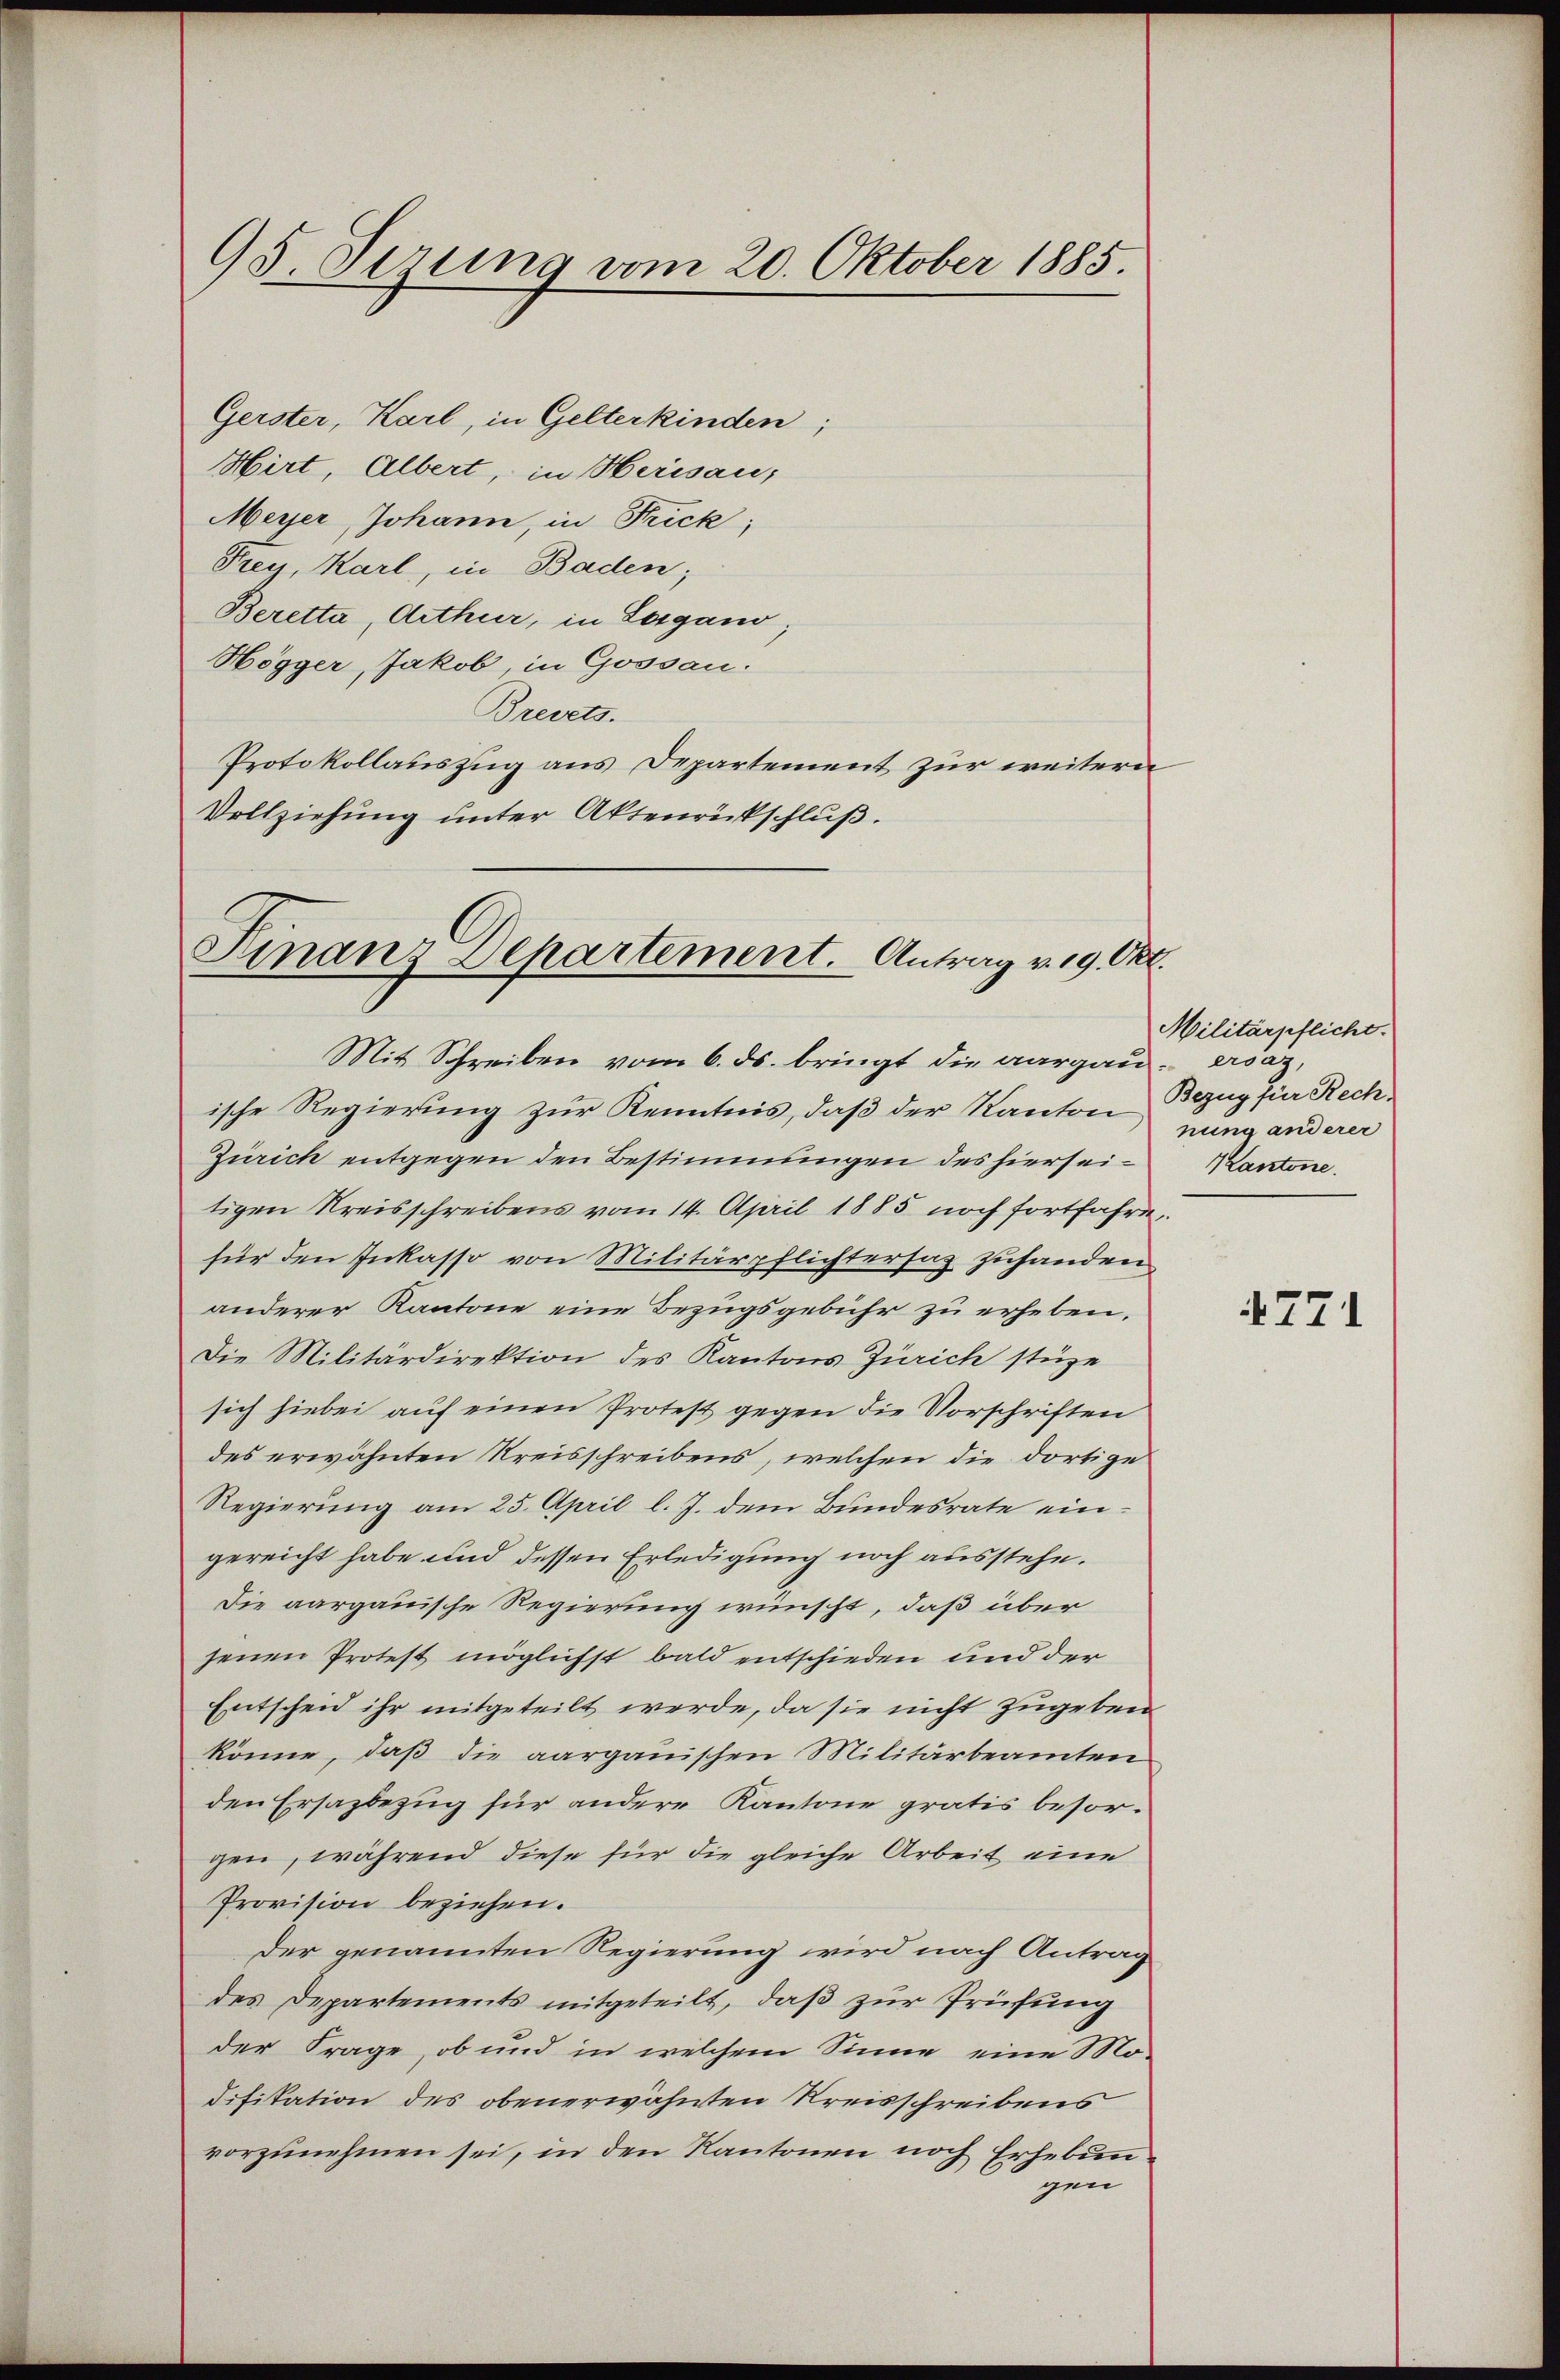
95 Sirung vom 20. Oktober 1885.

Gerster, Karl, in Gelterkinden;
Hirt, Albert, in Herisau,
Meyer, Johann, in Frick;
Frey, Karl, in Baden;
Beretta, Arthur, in Lugano,
Högger, Jakob in Gossau.
Brevets.
Protokollauszug aus Departement zur weitern
Vollziehung unter Aktenrückschluß.

Finanz Departement. Antrag v. 9. Okt.

Mit Schreiben vom 6. ds. bringt die aargau. Ersaz,
ische Regierung zur Kenntnis, daß der Kanton
Zürich entgegen den Bestimmungen des hiersein Kantone.
tigen Kreisschreibens vom 14. April 1885 noch fortfahre,
für den Inkasso von Militärpflichtersaz zuhanden
anderer Kantone eine Bezugsgebühr zu erheben,
Die Militärdirektion des Kantons Zürich stüze
sich hiebei auf einen Protest gegen die Vorschriften
des erwähnten Kreisschreibens, welchen die dortige
Regierung am 25. April l. J. dem Bundesrate eingereicht habe und dessen Erledigung noch ausstehe.
Die aargauische Regierung wünscht, daß über
jenen Protest möglichst bald entschieden und der
Entscheid ihr mitgeteilt werde, da sie nicht zugeben
könne, daß die aargauischen Militärbeamten
den Ersazbezug für andere Kantone gratis besorgen, während diese für die gleiche Arbeit eine
Provision beziehen.
Der genannten Regierung wird nach Antrag
des Departements mitgeteilt, daß zur Prüfung
der Frage, ob und in welchem Sinne eine Modifikation des obenerwähnten Kreisschreibens
vorzunehmen sei, in den Kantonen noch Erhebungen

Militärpflicht.
Bezug für Rech
nung anderer

771